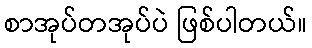
စာအုပ်တအုပ်ပဲ ဖြစ်ပါတယ်။